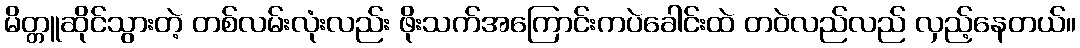
မိတ္တူဆိုင်သွားတဲ့ တစ်လမ်းလုံးလည်း ဖိုးသက်အကြောင်းကပဲခေါင်းထဲ တဝဲလည်လည် လှည့်နေတယ်။